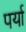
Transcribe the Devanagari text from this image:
पर्या